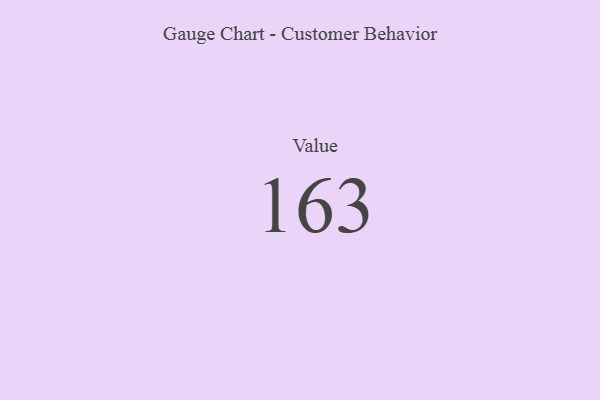
{"axis": {"x": "Metric", "y": "Value"}, "legend": [""], "data": [{"x": "Value", "y": 163, "type": ""}]}